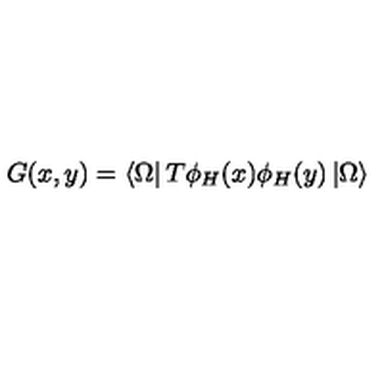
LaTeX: G ( x , y ) = \left< \Omega \right| T \phi _ { H } ( x ) \phi _ { H } ( y ) \left| \Omega \right>